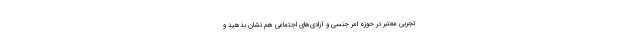
تجربی معتبر در حوزهٔ امر جنسی و آزادی‌های اجتماعی هم نشان بدهید و